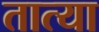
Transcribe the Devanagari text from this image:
तात्‍या